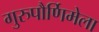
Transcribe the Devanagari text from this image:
गुरुपौर्णिमेला